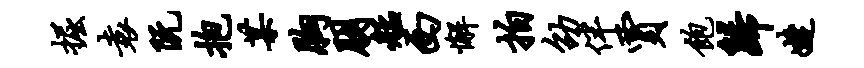
掘袁阮抱某胸朋艋西懈拍劭伴贾饱归婕